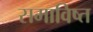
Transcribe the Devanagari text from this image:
समाविष्त